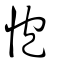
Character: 怉